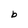
Character: b